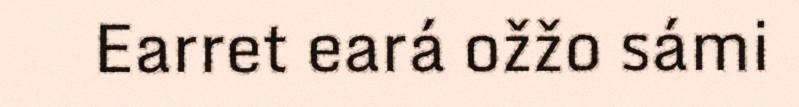
Earret eará ožžo sámi